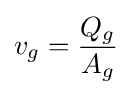
v_{g}={\frac {Q_{g}}{A_{g}}}